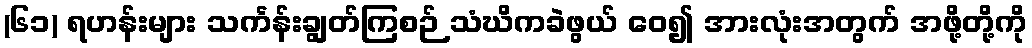
(၆၁) ရဟန်းများ သင်္ကန်းချွတ်ကြစဉ် သံဃိကခဲဖွယ် ဝေ၍ အားလုံးအတွက် အဖို့တို့ကို